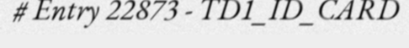
# Entry 22873 - TD1_ID_CARD